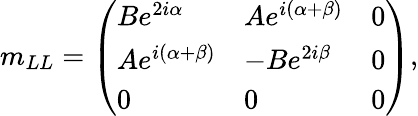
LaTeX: m_{LL}=\left(\begin{array}{lll}{{Be^{2i\alpha}}}&{{Ae^{i(\alpha+\beta)}}}&{{0}}\\ {{Ae^{i(\alpha+\beta)}}}&{{-Be^{2i\beta}}}&{{0}}\\ {{0}}&{{0}}&{{0}}\end{array}\right),